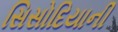
સિસોદિયાની